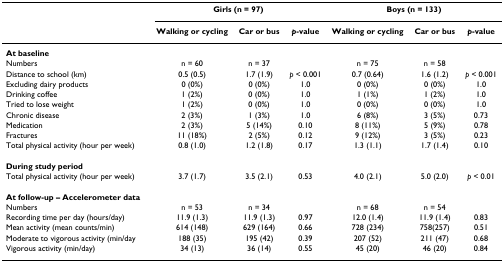
|  | <COLSPAN=3> Girls (n = 97) | <COLSPAN=3> Boys (n = 133) |
 |  | Walking or cycling | Car or bus | p-value | Walking or cycling | Car or bus | p-value |
 | --- | --- | --- | --- | --- | --- | --- |
 | At baseline |  |  |  |  |  |  |
 | Numbers | n = 60 | n = 37 |  | n = 75 | n = 58 |  |
 | Distance to school (km) | 0.5 (0.5) | 1.7 (1.9) | p < 0.001 | 0.7 (0.64) | 1.6 (1.2) | p < 0.001 |
 | Excluding dairy products | 0 (0%) | 0 (0%) | 1.0 | 0 (0%) | 0 (0%) | 1.0 |
 | Drinking coffee | 1 (2%) | 0 (0%) | 1.0 | 1 (1%) | 1 (2%) | 1.0 |
 | Tried to lose weight | 1 (2%) | 0 (0%) | 1.0 | 0 (0%) | 0 (0%) | 1.0 |
 | Chronic disease | 2 (3%) | 1 (3%) | 1.0 | 6 (8%) | 3 (5%) | 0.73 |
 | Medication | 2 (3%) | 5 (14%) | 0.10 | 8 (11%) | 5 (9%) | 0.78 |
 | Fractures | 11 (18%) | 2 (5%) | 0.12 | 9 (12%) | 3 (5%) | 0.23 |
 | Total physical activity (hour per week) | 0.8 (1.0) | 1.2 (1.8) | 0.17 | 1.3 (1.1) | 1.7 (1.4) | 0.10 |
 | During study period |  |  |  |  |  |  |
 | Total physical activity (hour per week) | 3.7 (1.7) | 3.5 (2.1) | 0.53 | 4.0 (2.1) | 5.0 (2.0) | p < 0.01 |
 | At follow-up – Accelerometer data |  |  |  |  |  |  |
 | Numbers | n = 53 | n = 34 |  | n = 68 | n = 54 |  |
 | Recording time per day (hours/day) | 11.9 (1.3) | 11.9 (1.3) | 0.97 | 12.0 (1.4) | 11.9 (1.4) | 0.83 |
 | Mean activity (mean counts/min) | 614 (148) | 629 (164) | 0.66 | 728 (234) | 758(257) | 0.51 |
 | Moderate to vigorous activity (min/day | 188 (35) | 195 (42) | 0.39 | 207 (52) | 211 (47) | 0.68 |
 | Vigorous activity (min/day) | 34 (13) | 36 (14) | 0.55 | 45 (20) | 46 (20) | 0.84 |